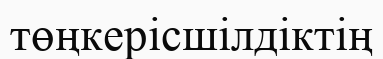
төңкерісшілдіктің